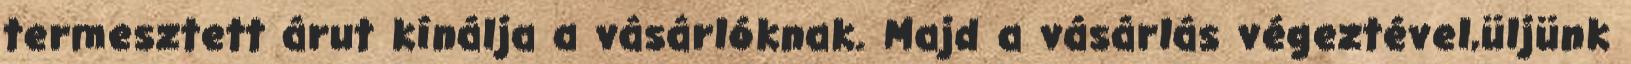
termesztett árut kínálja a vásárlóknak. Majd a vásárlás végeztével,üljünk